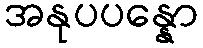
အနုပပန္နော